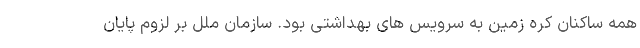
همه ساکنان کره زمین به سرویس های بهداشتی بود. سازمان ملل بر لزوم پایان